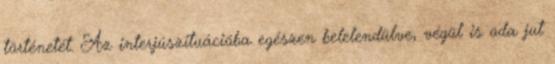
történetét. Az interjúszituációba egészen belelendülve, végül is oda jut